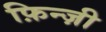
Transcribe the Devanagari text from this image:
फ़िन्ज़ी